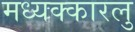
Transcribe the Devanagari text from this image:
मध्यक्कारलु